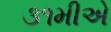
૩૧મીએ